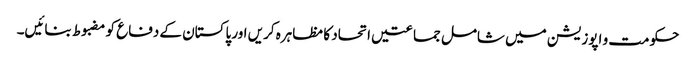
حکومت و اپوزیشن میں شامل جماعتیں اتحاد کا مظاہرہ کریں اور پاکستان کے دفاع کو مضبوط بنائیں۔